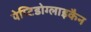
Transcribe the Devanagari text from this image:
पेप्टिडोग्लाइकैन